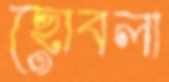
ছোবলা